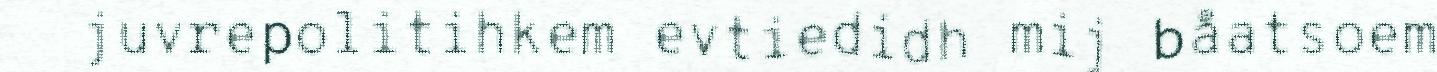
juvrepolitihkem evtiedidh mij båatsoem